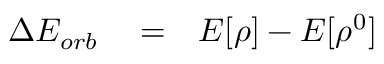
\begin{array} { r l r } { \Delta E _ { o r b } } & { { } = } & { E [ \rho ] - E [ \rho ^ { 0 } ] } \end{array}